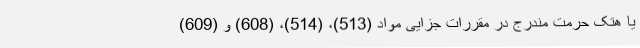
یا هتک حرمت مندرج در مقررات جزایی مواد (513)، (514)، (608) و (609)